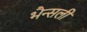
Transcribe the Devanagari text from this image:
भैन्सली